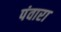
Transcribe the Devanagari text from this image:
पंवारा